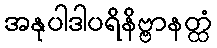
အနုပါဒါပရိနိဗ္ဗာနတ္ထံ